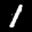
Label: 1